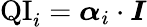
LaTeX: \mathrm{QI}_{i}=\boldsymbol{\alpha}_{i}\cdot\boldsymbol{I}